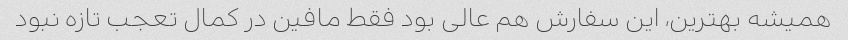
همیشه بهترین، این سفارش هم عالی بود فقط مافین در کمال تعجب تازه نبود